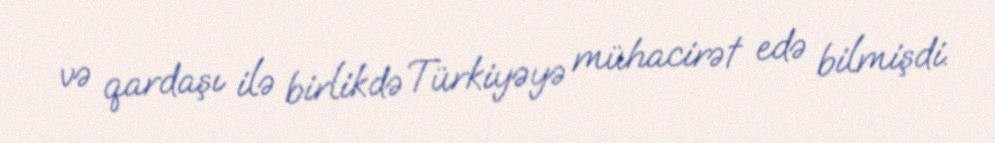
və qardaşı ilə birlikdə Türkiyəyə mühacirət edə bilmişdi.